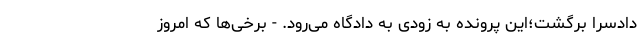
دادسرا برگشت؛این پرونده به زودی به دادگاه می‌رود. - برخی‌ها که امروز